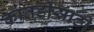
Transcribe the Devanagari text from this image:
कातडीसाठी